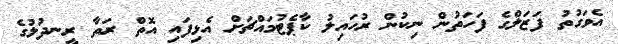
އެވަގުތު ފަޒަލްގެ ފަހަތުން ނިކުން ރުހައިލު ކާޕެޓުމައްޗަށް އެޅިފައި އޮތް ރަތާ ރީނދުލުގެ